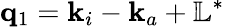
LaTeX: \mathbf{q}_{1}=\mathbf{k}_{i}-\mathbf{k}_{a}+\mathbb{L}^{*}